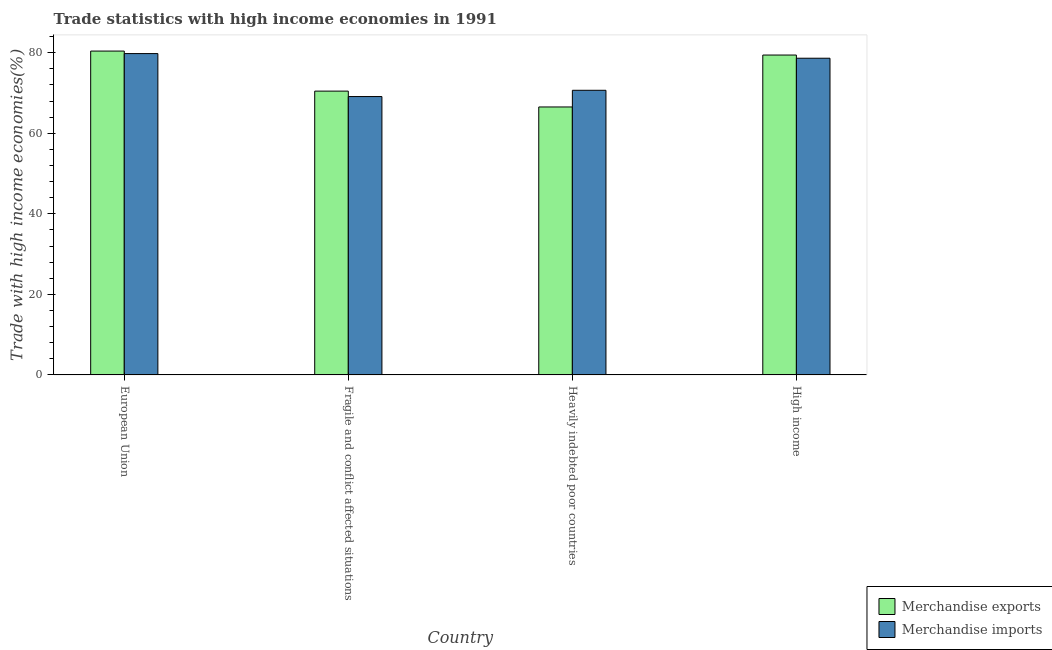
| Country | Merchandise exports | Merchandise imports |
 | --- | --- | --- |
 | European Union | 80.4 | 79.8 |
 | Fragile and conflict affected situations | 70.5 | 69.1 |
 | Heavily indebted poor countries | 66.5 | 70.7 |
 | High income | 79.4 | 78.6 |